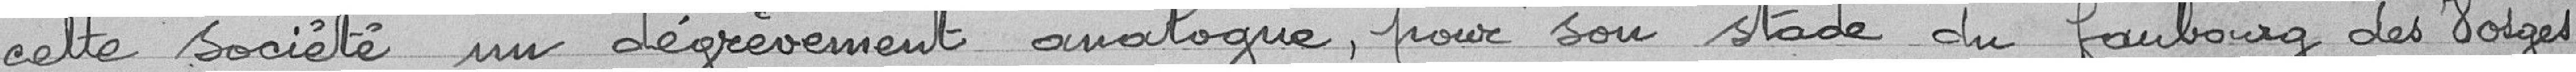
cette société un dégrèvement analogue, pour son stade du faubourg des Vosges.